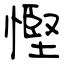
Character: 慳